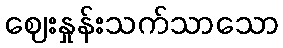
ဈေးနှုန်းသက်သာသော